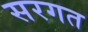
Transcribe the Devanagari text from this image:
सरगत